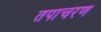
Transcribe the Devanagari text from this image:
तपाचरण